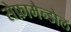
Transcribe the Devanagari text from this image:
सेफ़ामैन्डोल